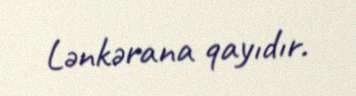
Lənkərana qayıdır.